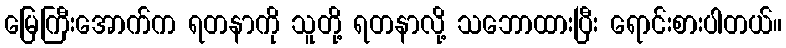
မြေကြီးအောက်က ရတနာကို သူတို့ ရတနာလို့ သဘောထားပြီး ရောင်းစားပါတယ်။